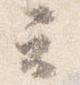
云